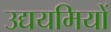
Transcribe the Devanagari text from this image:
उद्ययमियों